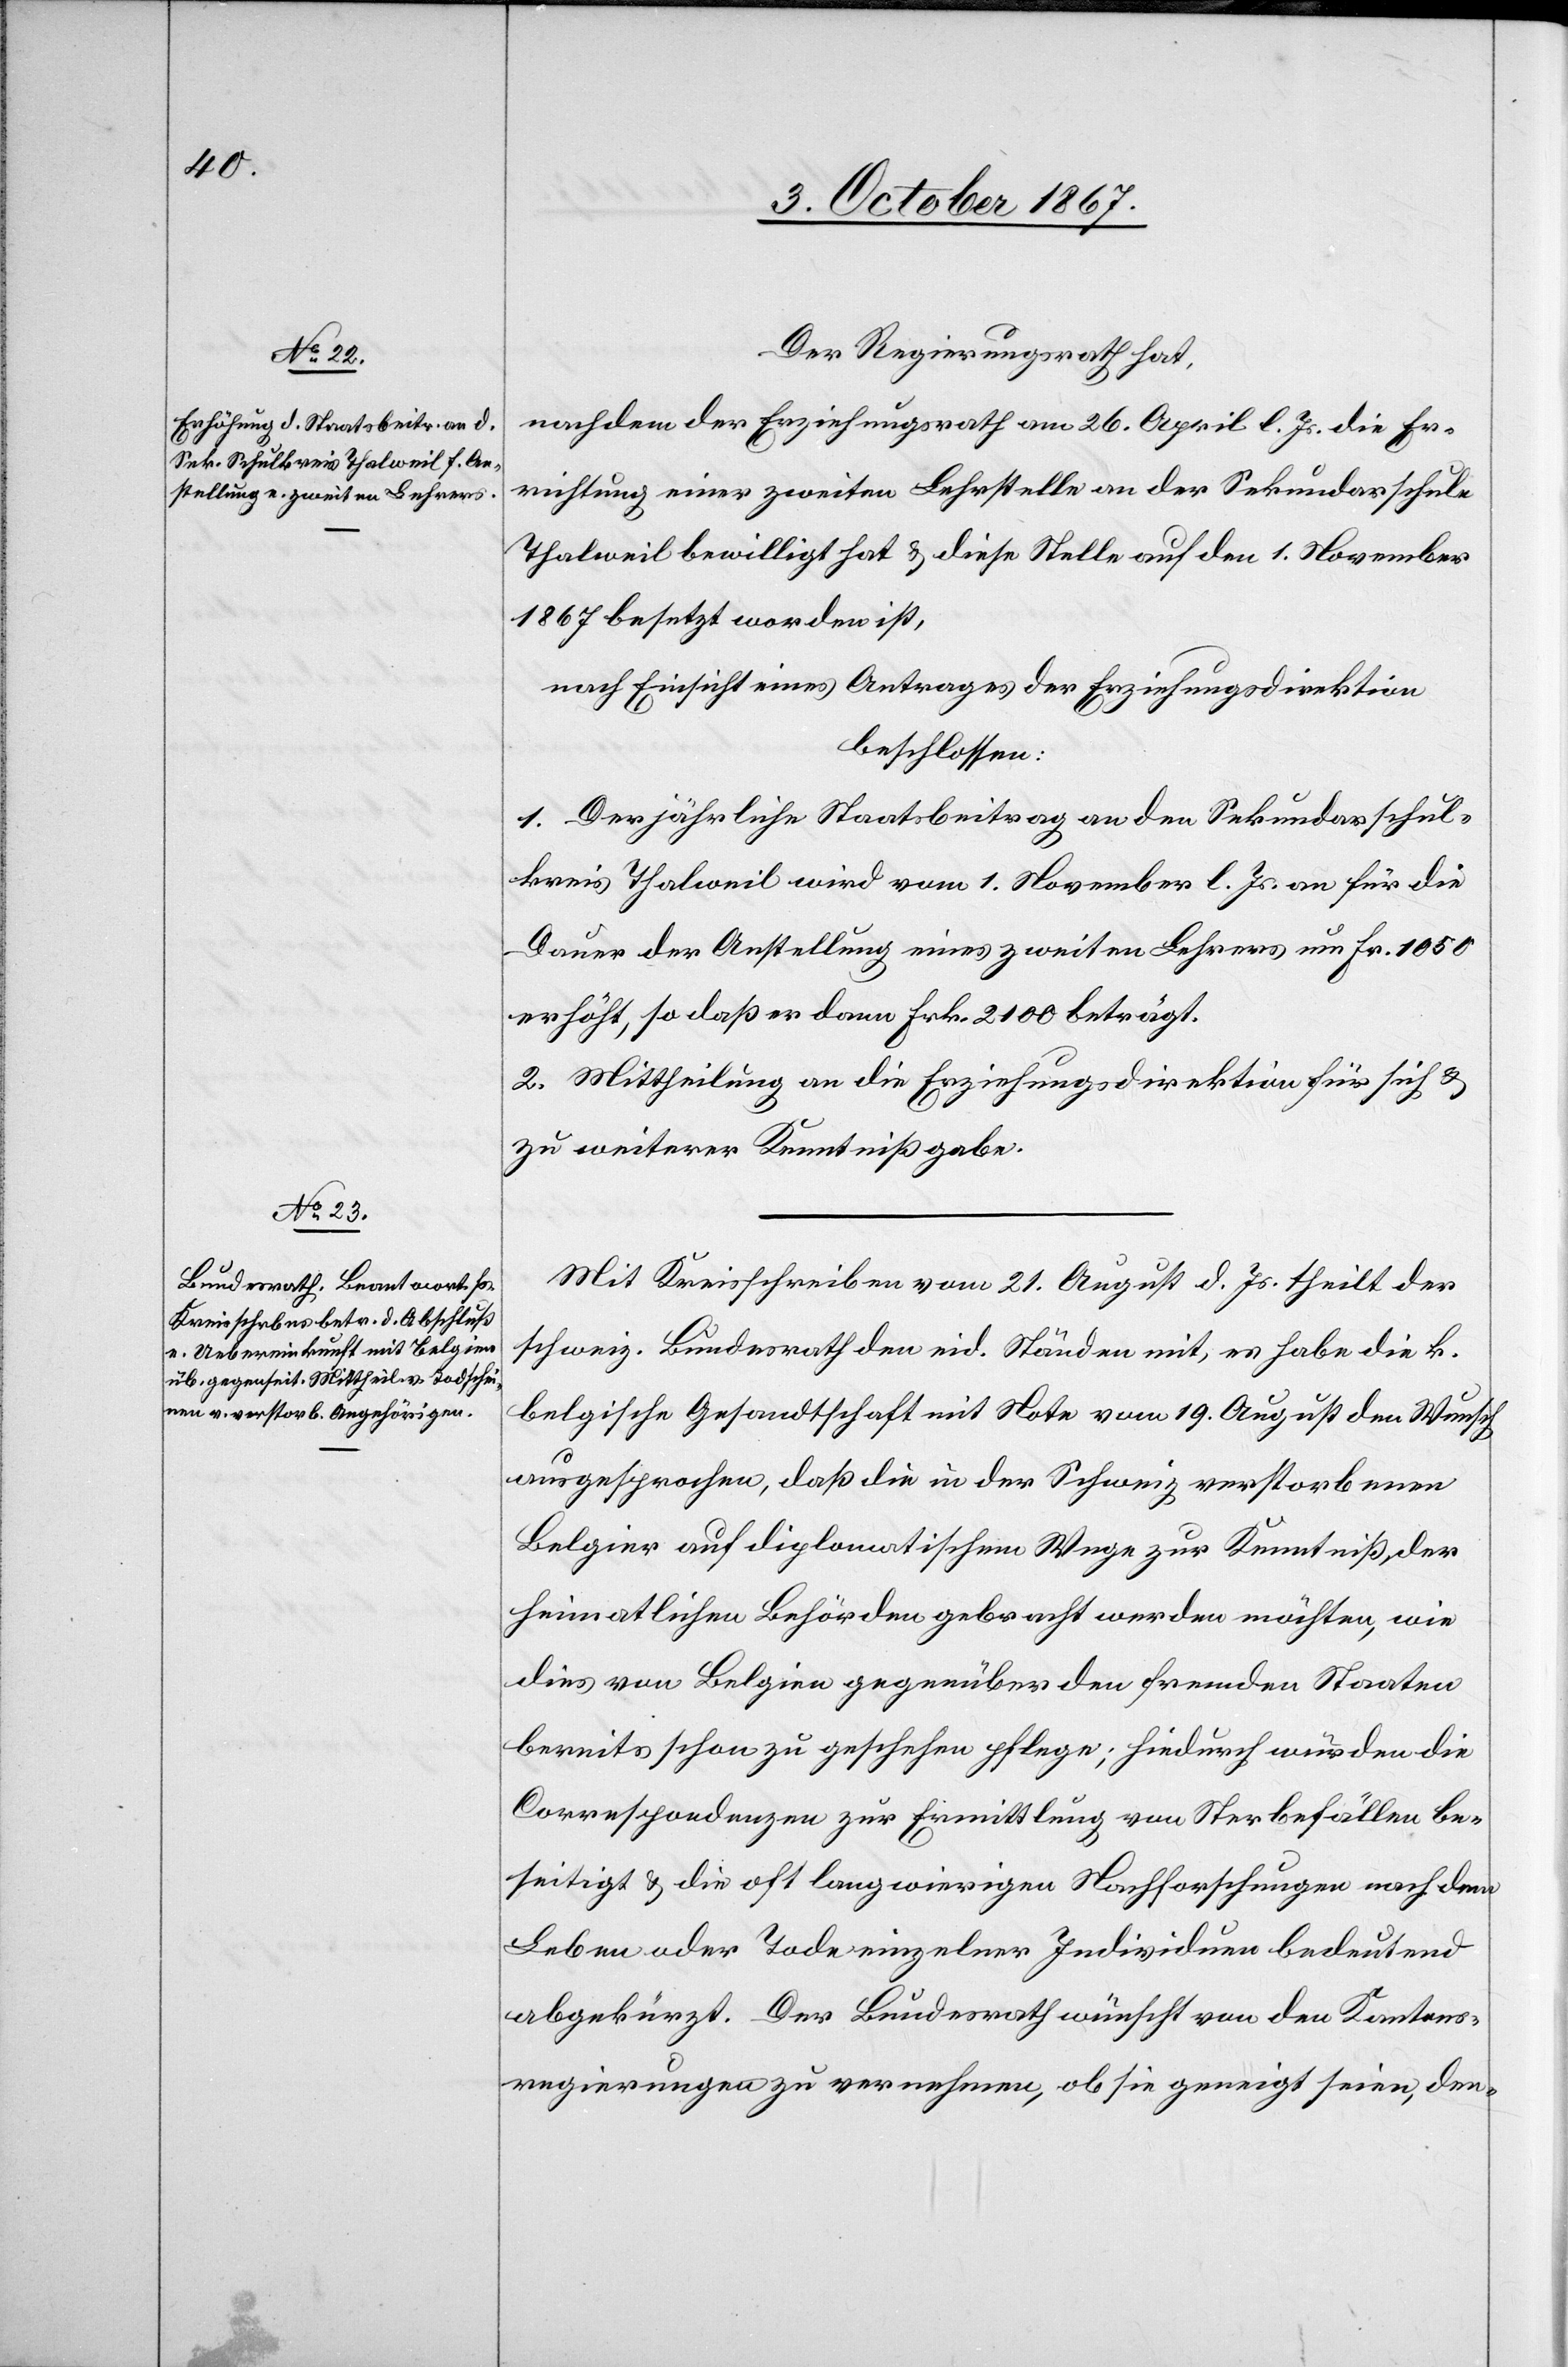
Der Regierungsrath hat,
nachdem der Erziehungsrath am 26. April l. Js. die Er¬
richtung einer zweiten Lehrstelle an der Sekundarschule
Thalweil bewilligt hat u. diese Stelle auf den 1. November
1867 besetzt worden ist,
nach Einsicht eines Antrages der Erziehungsdirektion,
beschlossen:
1. Der jährliche Staatsbeitrag an den Sekundarschul¬
kreis Thalweil wird vom 1. November l. Js. an für die
Dauer der Anstellung eines zweiten Lehrers um Fr. 1050
erhöht, so daß er dann Frk. 2100 beträgt.
zu weiterer Kenntnißgabe.
Mit Kreisschreiben vom 21. August d. Js. theilt der
schweiz. Bundesrath den eid. Ständen mit, es habe die k.
belgische Gesandtschaft mit Note vom 19. August den Wunsch
ausgesprochen, daß die in der Schweiz verstorbenen
Belgier auf diplomatischem Wege zur Kenntniß der
heimatlichen Behörden gebracht werden möchten, wie
dies von Belgien gegenüber den fremden Staaten
bereits schon zu geschehen pflege; hiedurch würden die
Correspondenzen zur Ermittlung von Sterbefällen nach
Leben oder Tode einzelner Individuen bedeutend
abgekürzt. Der Bundesrath wünscht von den Kantons¬
regierungen zu vernehmen, ob sie geneigt seien, den-